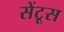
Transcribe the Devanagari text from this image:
सेंटूस